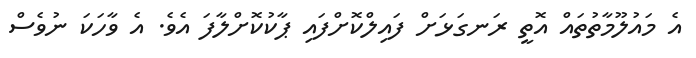
އެ މައުލޫމާތުތައް އޮތީ ރަނގަޅަށް ފައިލްކޮށްފައި ޕާކުކޮށްލާފަ އެވެ. އެ ވާހަކަ ނުވެސް